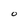
Character: O